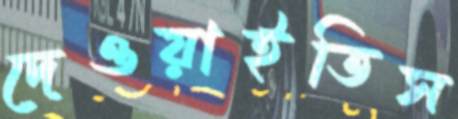
দেওয়াইতিস